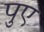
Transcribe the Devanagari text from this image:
पुए